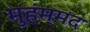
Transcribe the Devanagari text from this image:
मुहंम्मद